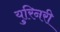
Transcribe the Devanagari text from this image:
युरिनरी